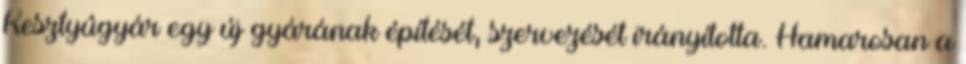
Kesztyûgyár egy új gyárának építését, szervezését irányította. Hamarosan a